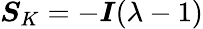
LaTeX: \boldsymbol{{S}}_{K}=-\boldsymbol{{I}}(\lambda-1)